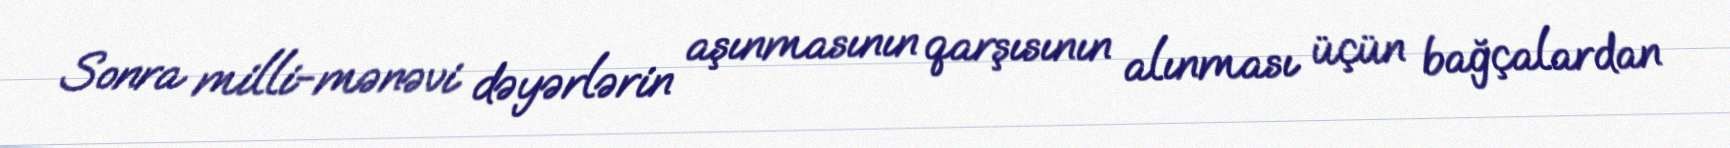
Sonra milli-mənəvi dəyərlərin aşınmasının qarşısının alınması üçün bağçalardan